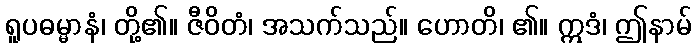
ရူပဓမ္မာနံ၊ တို့၏။ ဇီဝိတံ၊ အသက်သည်။ ဟောတိ၊ ၏။ ဣဒံ၊ ဤနာမ်